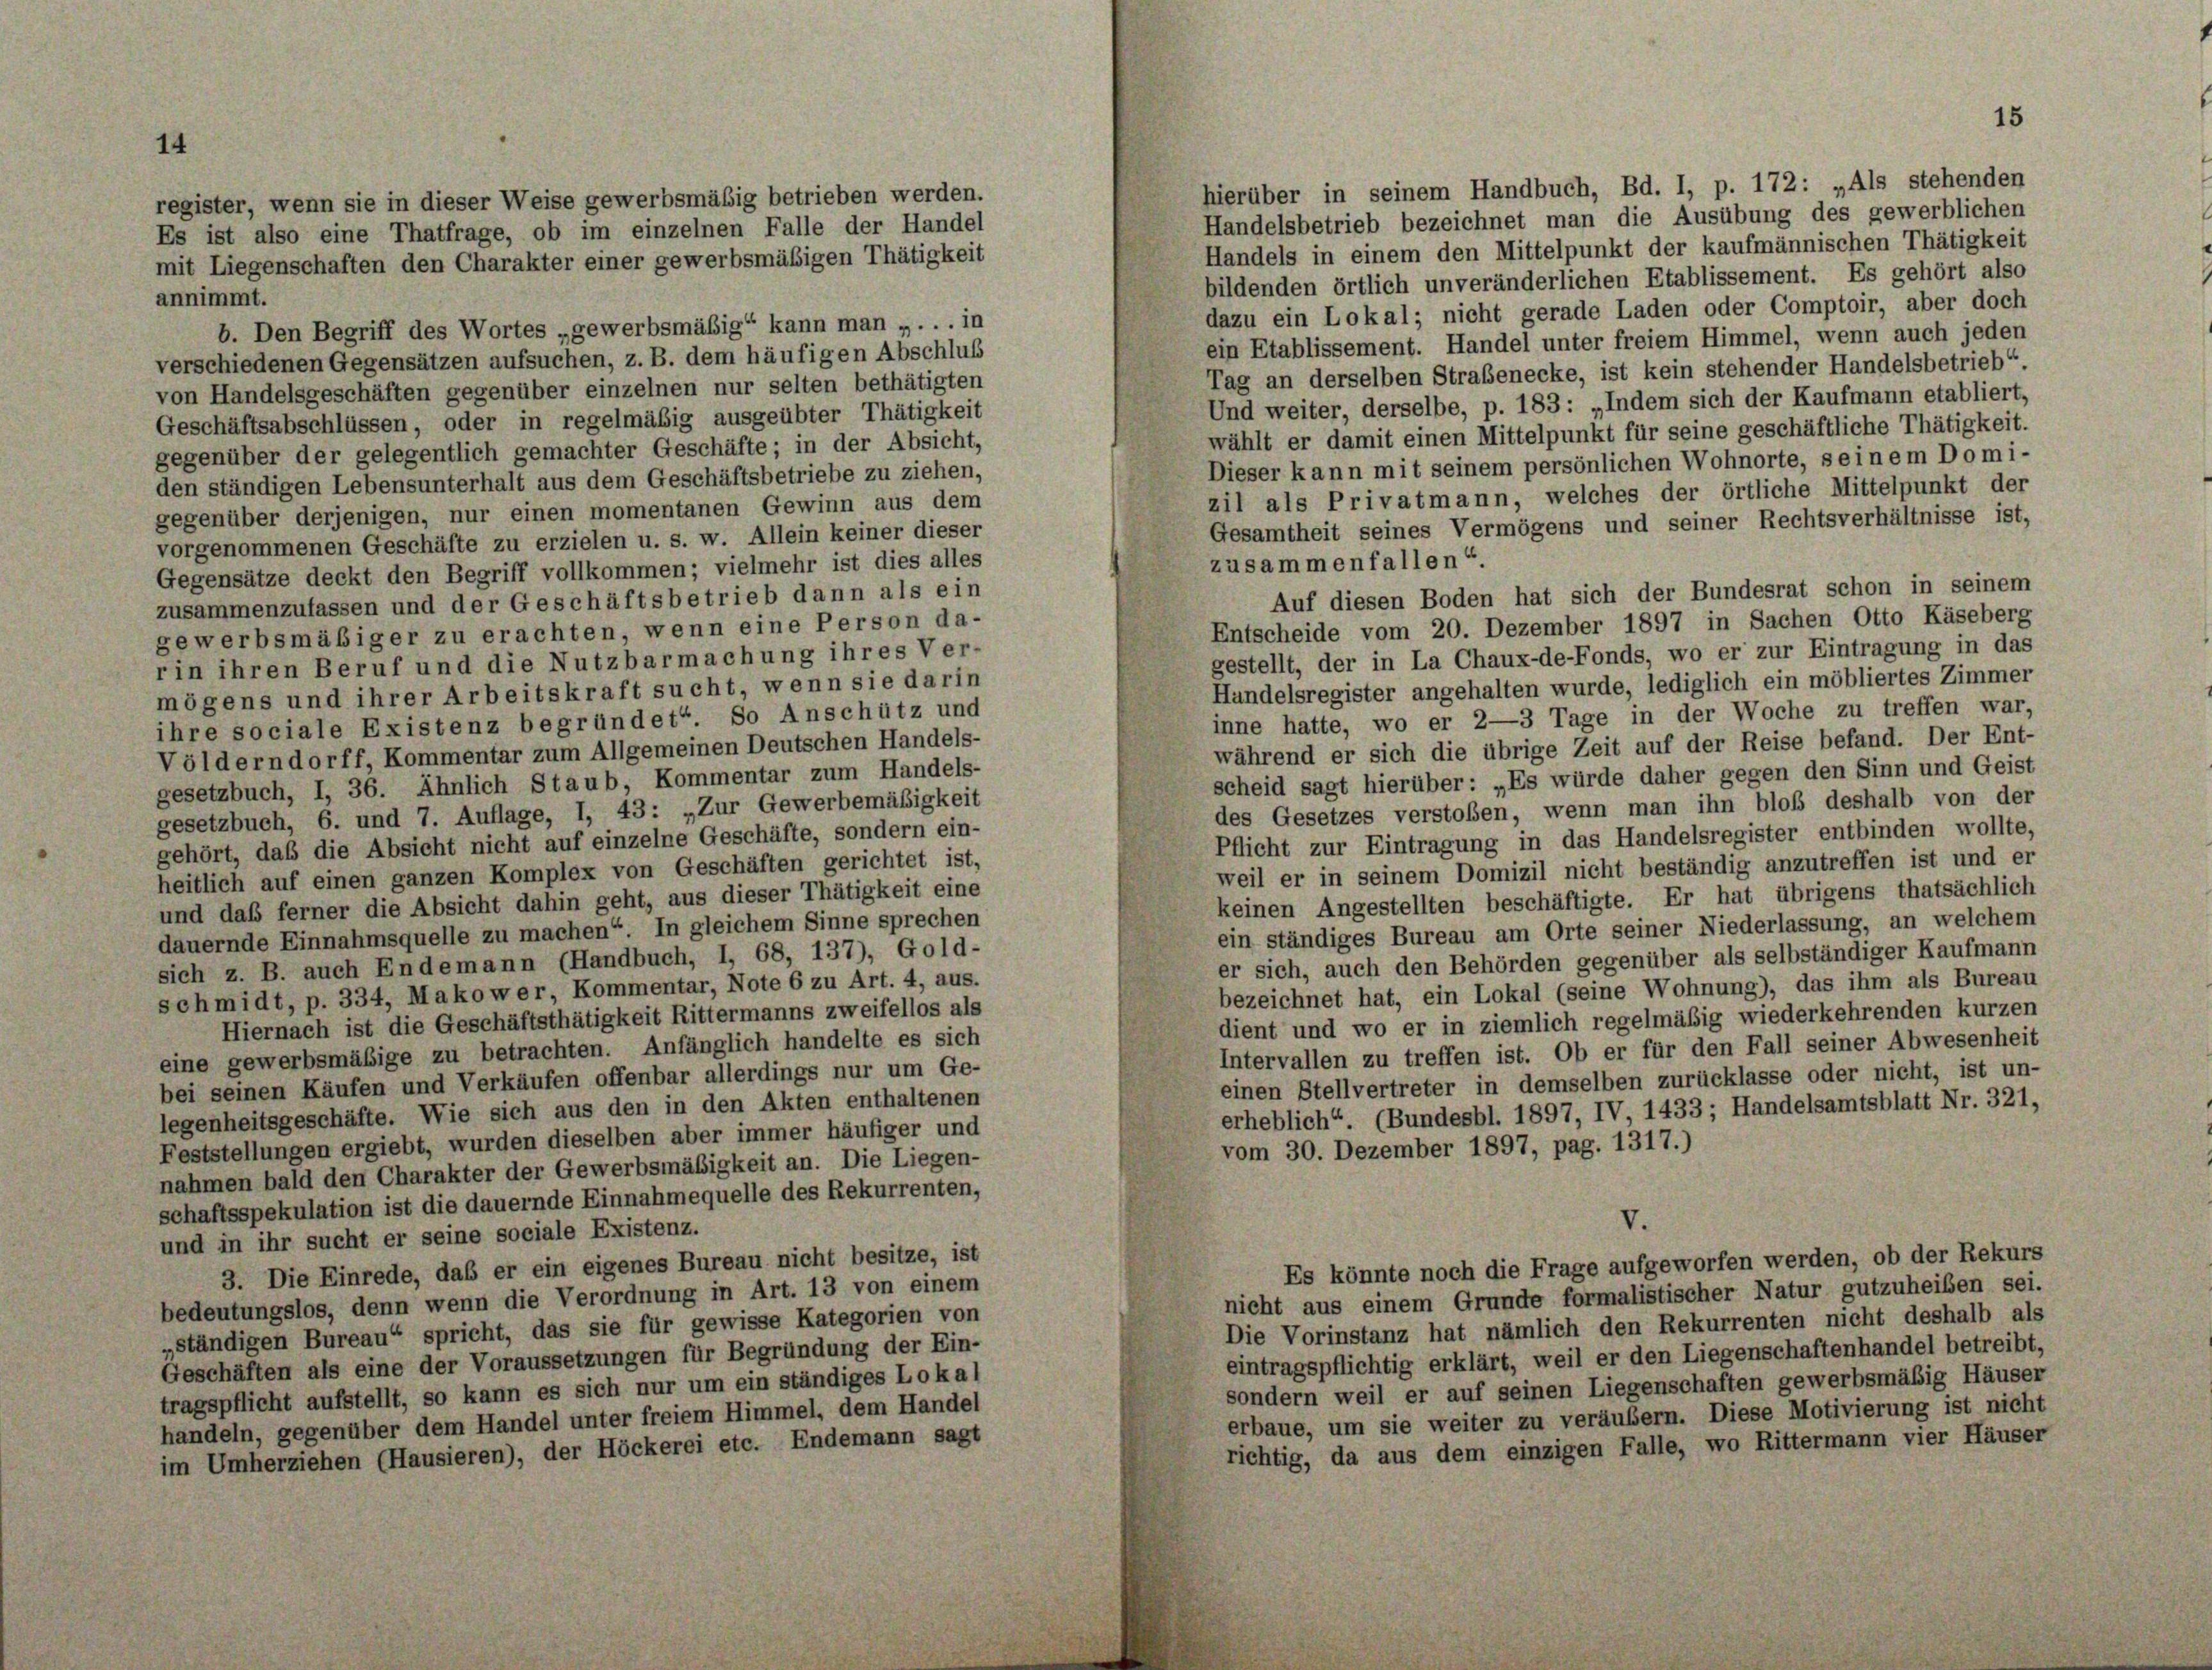
register, wenn sie in dieser Weise gewerbsmäßig betrieben werden.
Es ist also eine Thatfrage, ob im einzelnen Falle der Handel
mit Liegenschaften den Charakter einer gewerbsmäßigen Thätigkeit
annimmt.

hierüber in seinem Handbuch, Bd. I, p. 172: „Als stehenden
Handelsbetrieb bezeichnet man die Ausübung des gewerblichen
Handels in einem den Mittelpunkt der kaufmännischen Thätigkeit
bildenden örtlich unveränderlichen Etablissement. Es gehört also
dazu ein Lokal; nicht gerade Laden oder Comptoir, aber doch
b. Den Begriff des Wortes „gewerbsmäßig“ kann man „ . . . in
ein Etablissement. Handel unter freiem Himmel, wenn auch jeden
verschiedenen Gegensätzen aufsuchen, z. B. dem häufigen Abschluß
Tag an derselben Straßenecke, ist kein stehender Handelsbetrieb“
von Handelsgeschäften gegenüber einzelnen nur selten bethätigten
Und weiter, derselbe, p. 183 : „Indem sich der Kaufmann etabliert,
Geschäftsabschlüssen, oder in regelmäßig ausgeübter Thätigkeit
wählt er damit einen Mittelpunkt für seine geschäftliche Thätigkeit.
gegenüber der gelegentlich gemachter Geschäfte; in der Absicht,
Dieser kann mit seinem persönlichen Wohnorte, seinem Domi-
den ständigen Lebensunterhalt aus dem Geschäftsbetriebe zu ziehen,
zil als Privatmann, welches der örtliche Mittelpunkt der
gegenüber derjenigen, nur einen momentanen Gewinn aus dem
Gesamtheit seines Vermögens und seiner Rechtsverhältnisse ist,
vorgenommenen Geschäfte zu erzielen u. s. w. Allein keiner dieser
zusammenfallen“.
Gegensätze deckt den Begriff vollkommen; vielmehr ist dies alles
Auf diesen Boden hat sich der Bundesrat schon in seinem
zusammenzufassen und der Geschäftsbetrieb dann als ein
Entscheide vom 20. Dezember 1897 in Sachen Otto Käseberg
gewerbsmäßiger zu erachten, wenn eine Person da-
gestellt, der in La Chaux-de-Fonds, wo er zur Eintragung in das
rin ihren Beruf und die Nutzbarmachung ihres Ver-
Handelsregister angehalten wurde, lediglich ein möbliertes Zimmer
mögens und ihrer Arbeitskraft sucht, wenn sie darin
inne hatte, wo er 2—3 Tage in der Woche zu treffen war,
ihre sociale Existenz begründet“. So Anschütz und
während er sich die übrige Zeit auf der Reise befand. Der Ent-
Völderndorff, Kommentar zum Allgemeinen Deutschen Handels-
scheid sagt hierüber: „Es würde daher gegen den Sinn und Geist
gesetzbuch, I, 36. Ähnlich Staub, Kommentar zum Handels-
des Gesetzes verstoßen, wenn man ihn bloß deshalb von der
gesetzbuch, 6. und 7. Auflage, 1, 43: „Zur Gewerbemäßigkeit
Pflicht zur Eintragung in das Handelsregister entbinden wollte,
gehört, daß die Absicht nicht auf einzelne Geschäfte, sondern ein-
weil er in seinem Domizil nicht beständig anzutreffen ist und er
heitlich auf einen ganzen Komplex von Geschäften gerichtet ist,
keinen Angestellten beschäftigte. Er hat übrigens thatsächlich
und daß ferner die Absicht dahin geht, aus dieser Thätigkeit eine
ein ständiges Bureau am Orte seiner Niederlassung, an welchem
dauernde Einnahmsquelle zu machen“. In gleichem Sinne sprechen
er sich, auch den Behörden gegenüber als selbständiger Kaufmann
sich z. B. auch Endemann (Handbuch, I, 68, 137), Gold-
bezeichnet hat, ein Lokal (seine Wohnung), das ihm als Bureau
schmidt, p. 334, Makower, Kommentar, Note 6 zu Art. 4, aus.
Hiernach ist die Geschäftsthätigkeit Rittermanns zweifellos als
dient und wo er in ziemlich regelmäßig wiederkehrenden kurzen
eine gewerbsmäßige zu betrachten. Anfänglich handelte es sich
Intervallen zu treffen ist. Ob er für den Fall seiner Abwesenheit
bei seinen Käufen und Verkäufen offenbar allerdings nur um Ge-
einen Stellvertreter in demselben zurücklasse oder nicht, ist un-
legenheitsgeschäfte. Wie sich aus den in den Akten enthaltenen
erheblich“. (Bundesbl. 1897, IV, 1433; Handelsamtsblatt Nr. 321,
Feststellungen ergiebt, wurden dieselben aber immer häufiger und
vom 30. Dezember 1897, pag. 1317.)
nahmen bald den Charakter der Gewerbsmäßigkeit an. Die Liegen-
schaftsspekulation ist die dauernde Einnahmequelle des Rekurrenten,
V.
und in ihr sucht er seine sociale Existenz.
Es könnte noch die Frage aufgeworfen werden, ob der Rekurs
3. Die Einrede, das er ein eigenes Bureau nicht besitze, ist
nicht aus einem Grunde formalistischer Natur gutzuheiben sei.
bedeutungslos, denn wenn die Verordnung in Art. 13 von einem
Die Vorinstanz hat nämlich den Rekurrenten nicht deshalb als
ständigen Bureau“ spricht, das sie für gewisse Kategorien von
eintragspflichtig erklärt, weil er den Liegenschaftenhandel betreibt,
Geschäften als eine der Voraussetzungen für Begründung der Ein-
sondern weil er auf seinen Liegenschaften gewerbsmäßig Häuser
tragspflicht aufstellt, so kann es sich nur um ein ständiges Lokal
erbaue, um sie weiter zu veräubern. Diese Motivierung ist nicht
handeln, gegenüber dem Handel unter freiem Himmel, dem Handel
richtig, da aus dem einzigen Falle, wo Rittermann vier Häuser
im Umherziehen (Hausieren), der Höckerei etc. Endemann sagt